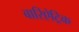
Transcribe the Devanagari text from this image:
बारिऐट्रिक